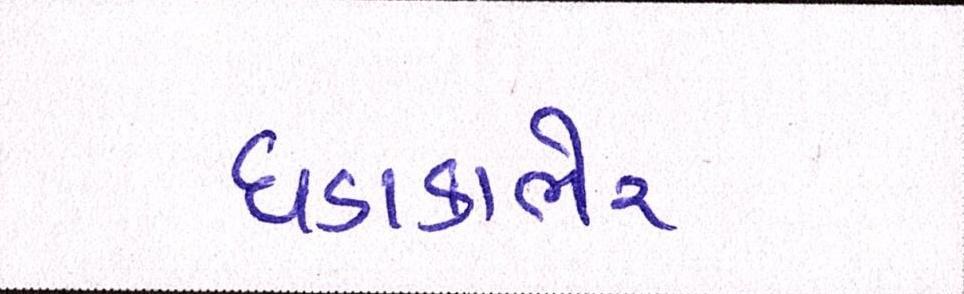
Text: ધડાકાભેર